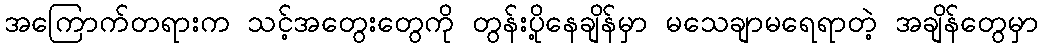
အကြောက်တရားက သင့်အတွေးတွေကို တွန်းပို့နေချိန်မှာ မသေချာမရေရာတဲ့ အချိန်တွေမှာ